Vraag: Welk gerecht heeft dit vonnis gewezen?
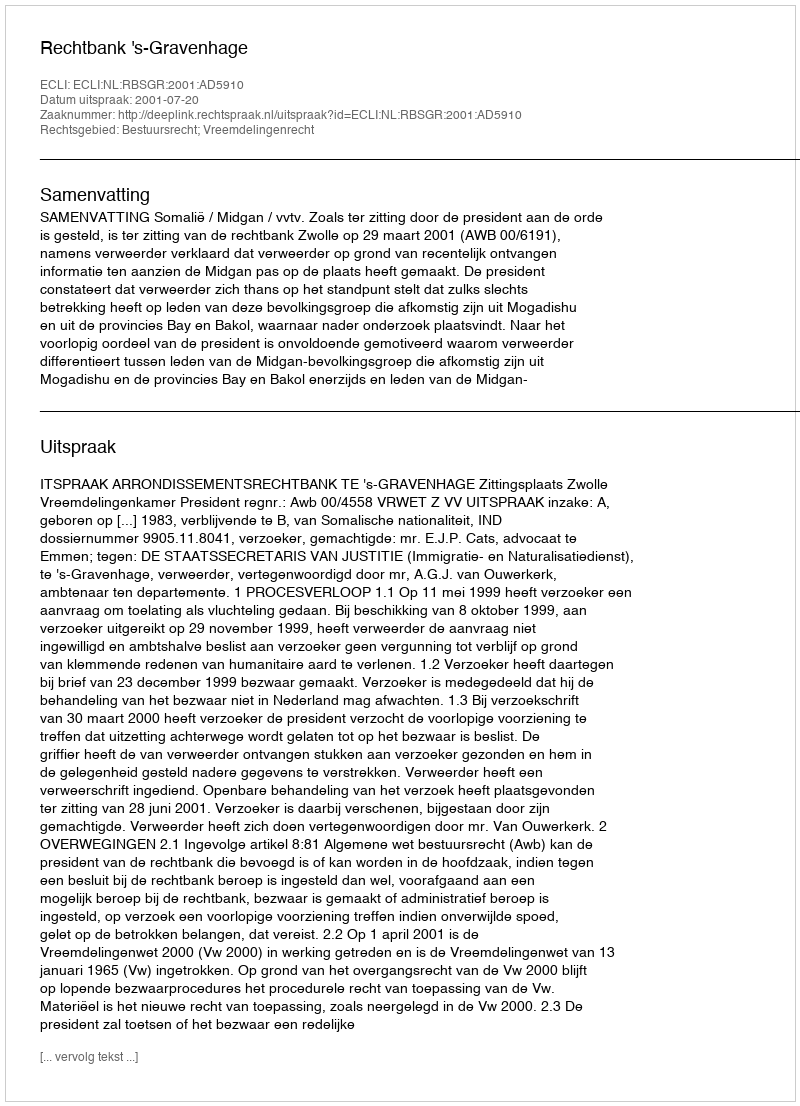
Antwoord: Rechtbank 's-Gravenhage